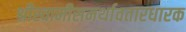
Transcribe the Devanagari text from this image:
श्रीस्वामीसमर्थावतारधारक